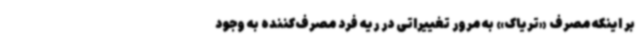
بر اینکه مصرف «تریاک» به مرور تغییراتی در ریه فرد مصرف‌کننده به وجود